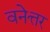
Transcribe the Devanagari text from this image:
वनेत्तर